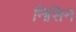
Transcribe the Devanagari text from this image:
निसिन